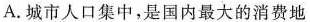
A.城市人口集中，是国内最大的消费地